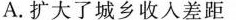
A.扩大了城乡收入差距